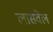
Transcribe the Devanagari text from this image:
लासवेल